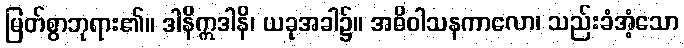
မြတ်စွာဘုရား၏။ ဒါနိဣဒါနိ၊ ယခုအခါ၌။ အဓိဝါသနကာလော၊ သည်းခံအံ့သော